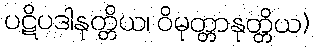
ပဋိပဒါနုတ္တိယ၊ ဝိမုတ္တာနုတ္တိယ)